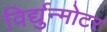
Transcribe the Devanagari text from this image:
विर्द्युन्मोटर